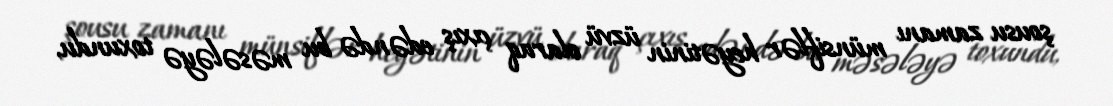
şousu zamanı münsiflər heyətinin üzvü olaraq çıxış edəndə bu məsələyə toxundu,